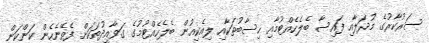
ސަރުކާރުގެ މުދަލާއި ފައިސާ ބެލެހެއްޓުމާއި ހިސާބުތަކާއި ލިއެކިއުން ބެލެހެއްޓުމުގެ ގަވާއިދުތަކަށް ފެތޭނެހެން ކަންކަން